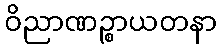
ဝိညာဏဉ္စာယတနာ